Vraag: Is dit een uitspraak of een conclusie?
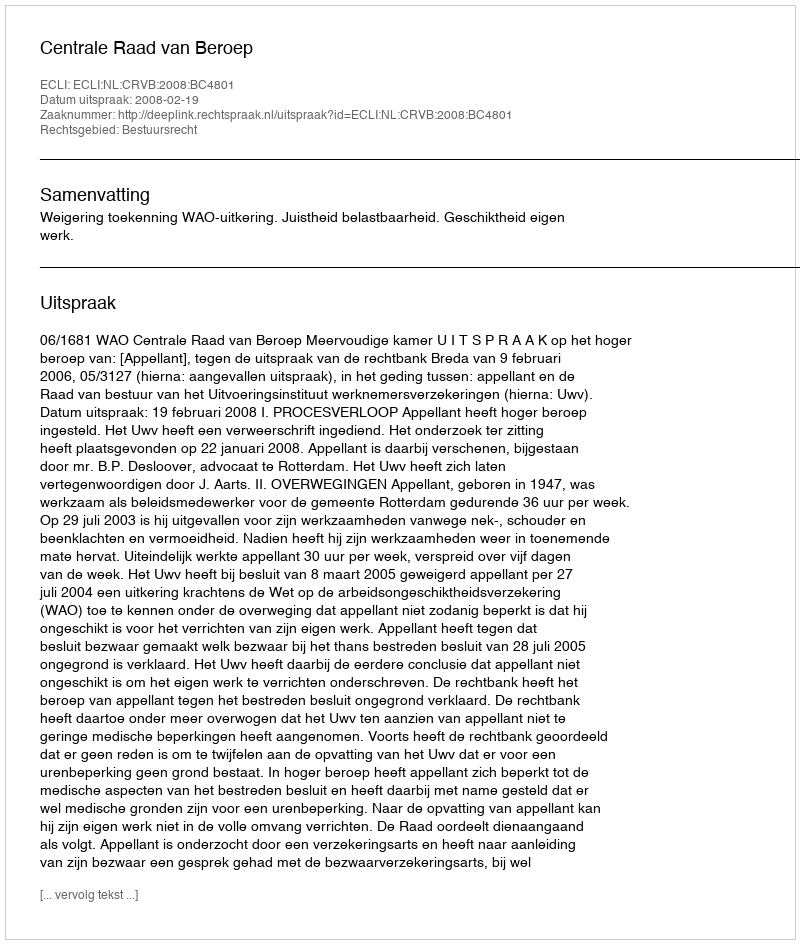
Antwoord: Uitspraak